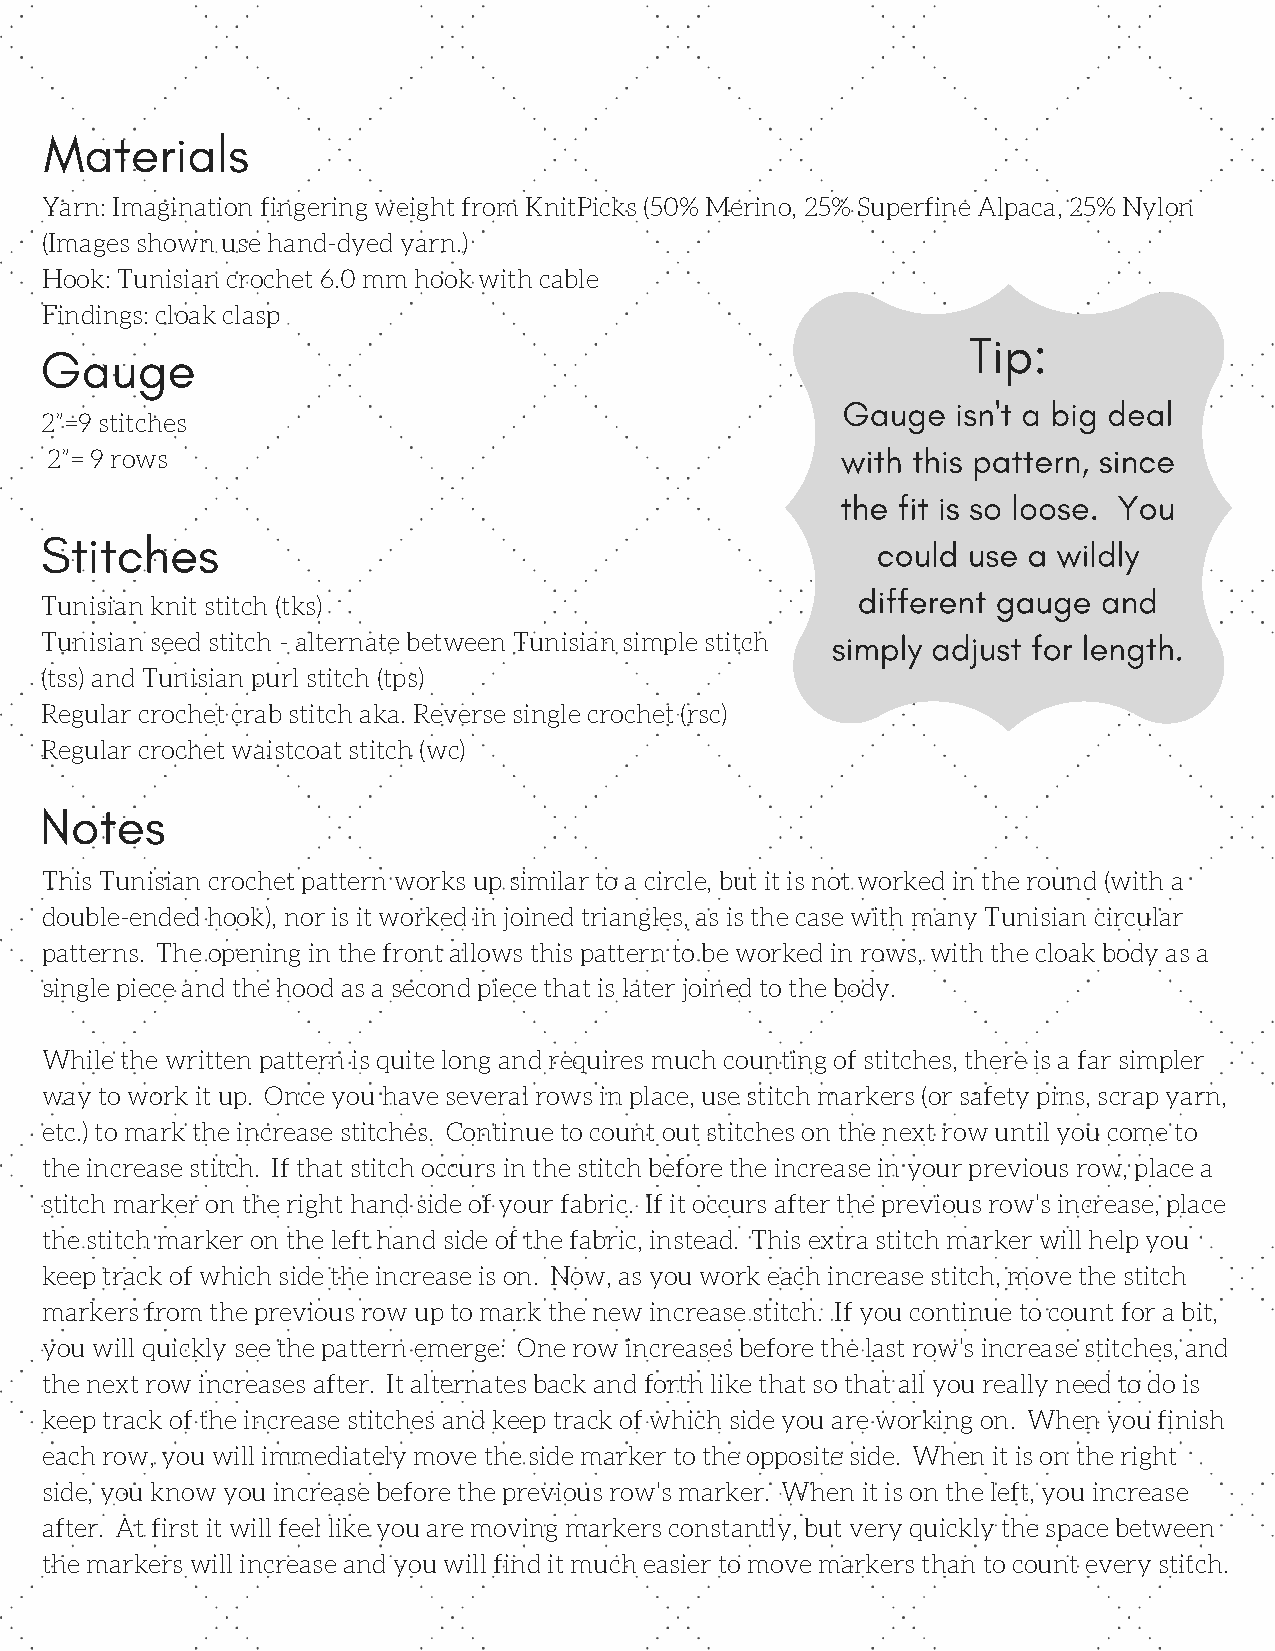
Materials
 Yarn: Imagination fingering weight from KnitPicks (50% Merino, 25% Superfine Alpaca, 25% Nylon
 (Images shown use hand-dyed yarn.)
 Hook: Tunisian crochet 6.0 mm hook with cable
 Findings: cloak clasp
 Tip:
 Gauge
 Gauge  isn't a big deal
 2”=9 stitches
 with this pattern, since
 2”= 9 rows
 the fit is so loose. You
 Stitches
 could use a wildly
 different gauge and
 Tunisian knit stitch (tks)
 Tunisian seed stitch - alternate between Tunisian simple stitch simply adjust for length.
 (tss) and Tunisian purl stitch (tps)
 Regular crochet crab stitch aka. Reverse single crochet (rsc)
 Regular crochet waistcoat stitch (wc)
 Notes
 This Tunisian crochet pattern works up similar to a circle, but it is not worked in the round (with a
 double-ended hook), nor is it worked in joined triangles, as is the case with many Tunisian circular
 patterns. The opening in the front allows this pattern to be worked in rows, with the cloak body as a
 single piece and the hood as a second piece that is later joined to the body.
 While the written pattern is quite long and requires much counting of stitches, there is a far simpler
 way to work it up. Once you have several rows in place, use stitch markers (or safety pins, scrap yarn,
 etc.) to mark the increase stitches. Continue to count out stitches on the next row until you come to
 the increase stitch. If that stitch occurs in the stitch before the increase in your previous row, place a
 stitch marker on the right hand side of your fabric. If it occurs after the previous row's increase, place
 the stitch marker on the left hand side of the fabric, instead. This extra stitch marker will help you
 keep track of which side the increase is on. Now, as you work each increase stitch, move the stitch
 markers from the previous row up to mark the new increase stitch. If you continue to count for a bit,
 you will quickly see the pattern emerge: One row increases before the last row's increase stitches, and
 the next row increases after. It alternates back and forth like that so that all you really need to do is
 keep track of the increase stitches and keep track of which side you are working on. When you finish
 each row, you will immediately move the side marker to the opposite side. When it is on the right
 side, you know you increase before the previous row's marker. When it is on the left, you increase
 after. At first it will feel like you are moving markers constantly, but very quickly the space between
 the markers will increase and you will find it much easier to move markers than to count every stitch.